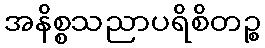
အနိစ္စသညာပရိစိတဉ္စ